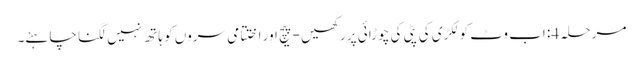
مرحلہ 4: اب وٹ کو لکڑی کی پٹی کی چوڑائی پر رکھیں - پیچ اور اختتامی سروں کو ہاتھ نہیں لگنا چاہئے۔